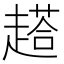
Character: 𲃑